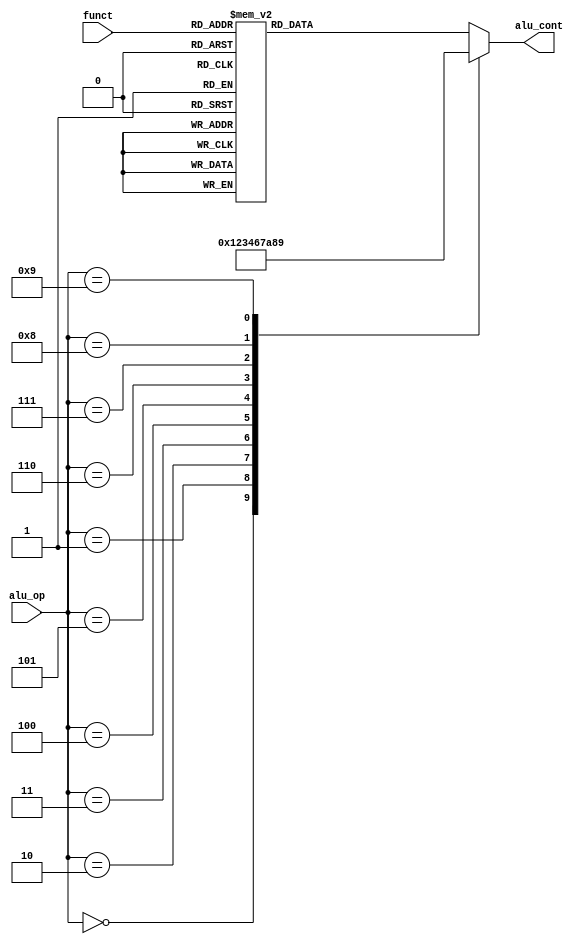
`timescale 1ns / 1ps
//////////////////////////////////////////////////////////////////////////////////
// Company: 
// Engineer: 
// 
// Design Name: 
// Module Name: alu_control
// Project Name: 
// Target Devices: 
// Tool Versions: 
// Description: 
// alu_opalu 
//
// Dependencies: 
// 
// Revision:
// Revision 0.01 - File Created
// Additional Comments:
// 
//////////////////////////////////////////////////////////////////////////////////


module alucontrol(
    input [3:0] alu_op,
    input [5:0] funct,
    output reg [3:0] alu_cont);

    always @(*)
        case(alu_op)
            4'b0000: alu_cont = 4'b0000;  //add for lw/sw/addi/addiu/lui/jal
            4'b0001: alu_cont = 4'b0001;  //sub
            4'b0010: alu_cont = 4'b0010;  //and for andi
            4'b0011: alu_cont = 4'b0011;  //or for ori
            4'b0100: alu_cont = 4'b0100;  //xor for xori
            4'b0101: alu_cont = 4'b0110;  //(a==b)?1:0 for beq
            4'b0110: alu_cont = 4'b0111;  //(a!=b)?1:0 for bne
            4'b0111: alu_cont = 4'b1010;  //(a>b)?1:0 for bgtz
            4'b1000: alu_cont = 4'b1000;  //(a<b)?1:0 for slti,bltz
            4'b1001: alu_cont = 4'b1001;  //(a<b)?1:0 (u) for sltiu
            default:
                case(funct)
                    6'b100000: alu_cont = 4'b0000;  //add for add
                    6'b100001: alu_cont = 4'b0000;  //add for addu
                    6'b100010: alu_cont = 4'b0001;  //sub for sub
                    6'b100011: alu_cont = 4'b0001;  //sub for subu
                    6'b101010: alu_cont = 4'b1000;  //(a<b)?1:0 for slt
                    6'b101011: alu_cont = 4'b1001;  //(a<b)?1:0 (u) for sltu
                    6'b100100: alu_cont = 4'b0010;  //and for and
                    6'b100101: alu_cont = 4'b0011;  //or for or
                    6'b100110: alu_cont = 4'b0100;  //xor for xor
                    6'b100111: alu_cont = 4'b0101;  //nor for nor
                    6'b000000: alu_cont = 4'b1011;  //sll for sll
                    6'b000000: alu_cont = 4'b1011;  //sll for sll
                    6'b000100: alu_cont = 4'b1011;  //sll for sllv
                    6'b000010: alu_cont = 4'b1100;  //srl for srl
                    6'b000011: alu_cont = 4'b1101;  //sra for sra
                    6'b000111: alu_cont = 4'b1101;  //sra for srav
                    6'b001000: alu_cont = 4'b0000;  //add for jr
                default:
                    alu_cont = 4'b1111;
                endcase
        endcase
endmodule